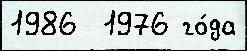
1986  1976 го́да